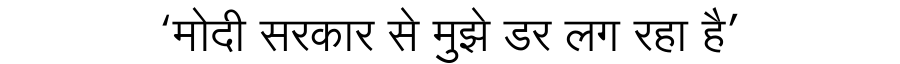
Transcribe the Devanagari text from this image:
‘मोदी सरकार से मुझे डर लग रहा है’